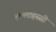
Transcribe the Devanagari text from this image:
तल्लाहस्सी